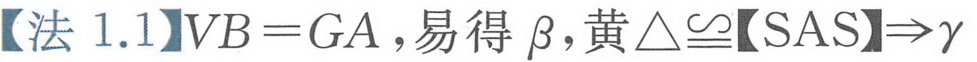
【法1.1】\(VB = GA\)，易得\(\beta\)，黄\(\triangle\cong\)【SAS】\(\Rightarrow\gamma\)